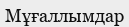
Мұғаллымдар